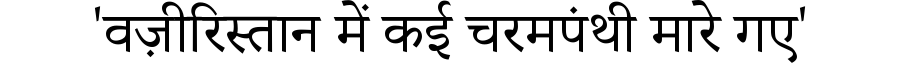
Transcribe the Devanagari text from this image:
'वज़ीरिस्तान में कई चरमपंथी मारे गए'